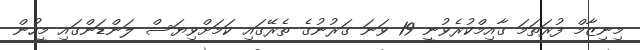
މިނިޒާމް ފުރަތަމަ ގާއިމްކުރެވުނީ 19 ވަނަ ގަރުނުގެ ތެރޭގައި ކަމަށްވިޔަސް ލަންޑަންގައި މީހުން